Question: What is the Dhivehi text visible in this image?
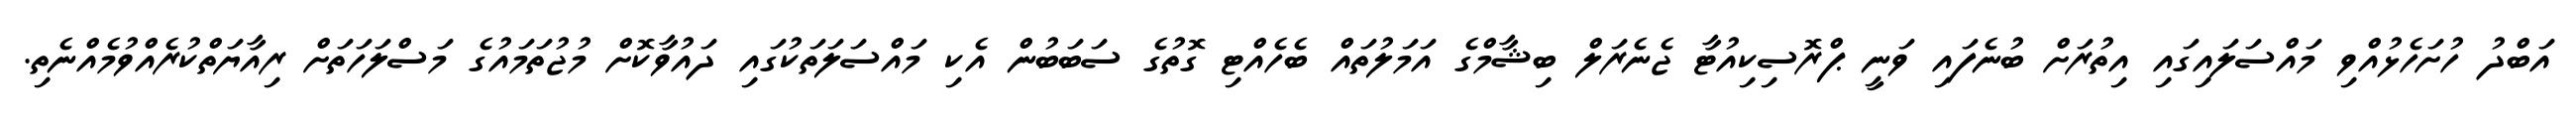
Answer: އަބްދު ހުށަހެޅުއްވި މައްސަލައިގައި އިތުރަށް ބުނެފައި ވަނީ ޕްރޮސިކިއުޓާ ޖެނެރަލް ބިޝާމްގެ އަމަލުތައް ބެހެއްޓި ގޮތުގެ ސަބަބުން އެކި މައްސަލަތަކުގައި ދައުވާކޮށް މުޖުތަމައުގެ މަސްލަހަތަށް ރިއާޔަތްކުރެއްވުމެއްނެތި.